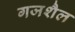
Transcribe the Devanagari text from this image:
गजशैल